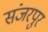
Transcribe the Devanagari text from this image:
संजरपुर